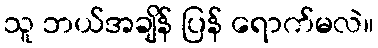
သူ ဘယ်အချိန် ပြန် ရောက်မလဲ။